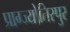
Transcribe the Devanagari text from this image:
प्राग्ज्योतिस्पुर